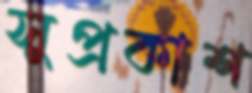
সুপ্রকাশ